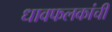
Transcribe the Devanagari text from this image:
धावफलकांची